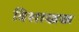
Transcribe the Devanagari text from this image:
विशाखक